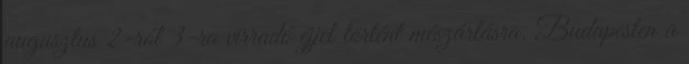
augusztus 2-ról 3-ra virradó éjjel történt mészárlásra. Budapesten a